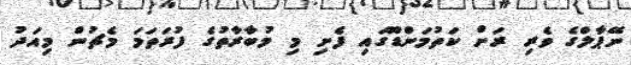
ނޭޕާލްގެ ވެރި ރަށް ކަތުމަންޑޫގައި ފެށި މި މުބާރާތުގެ ފުރަތަމަ މެޗުން މިއަދު